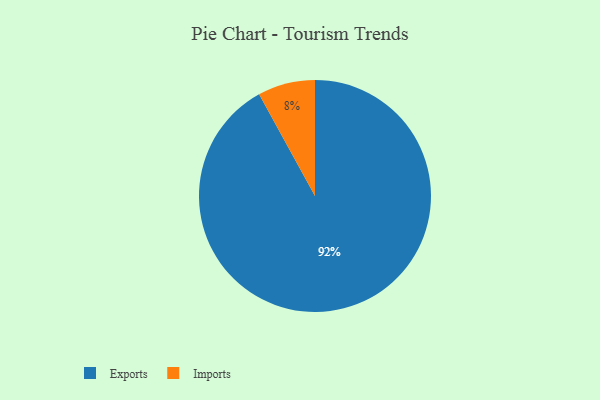
{"axis": {"x": "Category", "y": "Percentage"}, "legend": ["Exports", "Imports"], "data": [{"x": "Imports", "y": 8, "type": "Imports"}, {"x": "Exports", "y": 92, "type": "Exports"}]}